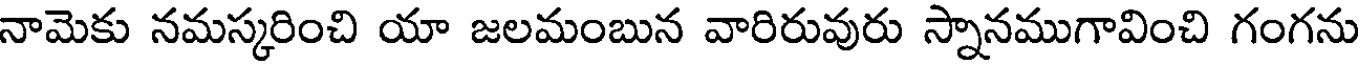
నామెకు నమస్కరించి యా జలమంబున వారిరువురు స్నానముగావించి గంగను